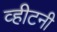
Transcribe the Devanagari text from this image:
व्हीटनी